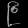
Digit: ၉